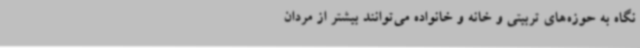
نگاه به حوزه‌های تربیتی و خانه و خانواده می‌توانند بیشتر از مردان